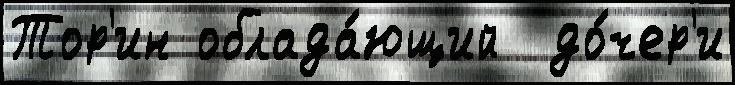
Тор'ин облада́ющий  до́чер'и